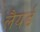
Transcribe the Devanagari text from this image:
लैयर्ड